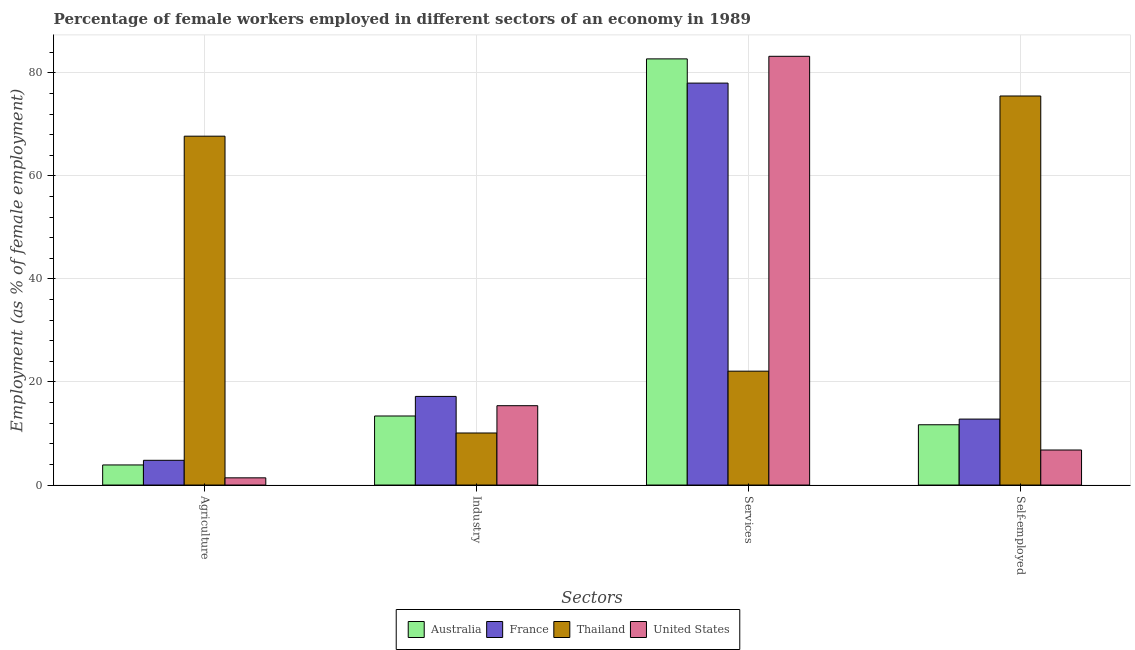
| Sectors | Australia | France | Thailand | United States |
 | --- | --- | --- | --- | --- |
 | Agriculture | 3.9 | 4.8 | 67.7 | 1.4 |
 | Industry | 13.4 | 17.2 | 10.1 | 15.4 |
 | Services | 82.7 | 78 | 22.1 | 83.2 |
 | Self-employed | 11.7 | 12.8 | 75.5 | 6.8 |